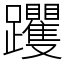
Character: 躩